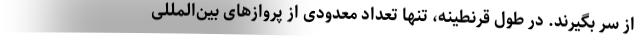
از سر بگیرند. در طول قرنطینه، تنها تعداد معدودی از پروازهای بین‌المللی